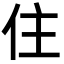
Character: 住